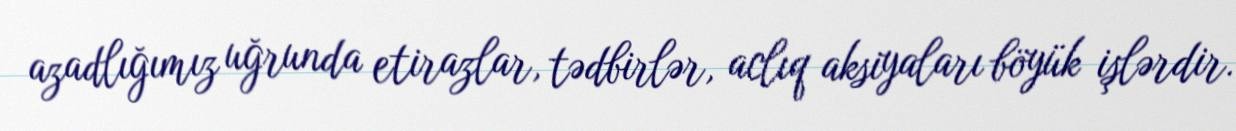
azadlığımız uğrunda etirazlar, tədbirlər, aclıq aksiyaları böyük işlərdir.